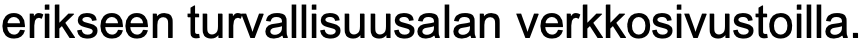
erikseen turvallisuusalan verkkosivustoilla.